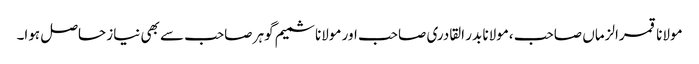
مولانا قمرالزماں صاحب ،مولانا بدر القادری صاحب اور مولانا شمیم گوہر صاحب سے بھی نیاز حاصل ہوا۔